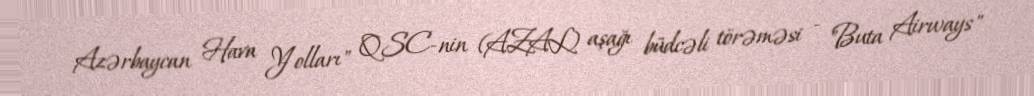
Azərbaycan Hava Yolları" QSC-nin (AZAL) aşağı büdcəli törəməsi - "Buta Airways"